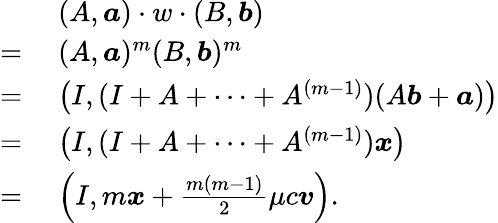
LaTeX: \begin{array}{rl}&{(A,\boldsymbol{a})\cdot w\cdot(B,\boldsymbol{b})}\\ {=\; }&{(A,\boldsymbol{a})^{m}(B,\boldsymbol{b})^{m}}\\ {=\; }&{\left(I,(I+A+\cdots+A^{(m-1)})(A\boldsymbol{b}+\boldsymbol{a})\right)}\\ {=\; }&{\left(I,(I+A+\cdots+A^{(m-1)})\boldsymbol{x}\right)}\\ {=\; }&{\left(I,m\boldsymbol{x}+\frac{m(m-1)}{2}\mu c\boldsymbol{v}\right).}\end{array}